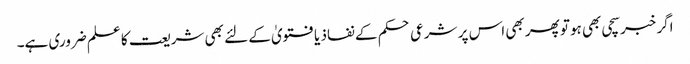
اگر خبر سچی بھی ہوتو پھر بھی اس پر شرعی حکم کے نفاذ یا فتویٰ کے لئے بھی شریعت کا علم ضروری ہے۔